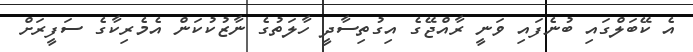
އެ ކޭބަލްގައި ބުނެފައި ވަނީ ރާއްޖޭގެ އިގުތިސާދީ ހާލަތުގެ ނާޒުކުކަން އެމެރިކާގެ ސަފީރަށް